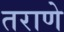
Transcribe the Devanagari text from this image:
तराणे